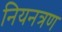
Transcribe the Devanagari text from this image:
नियनत्रण